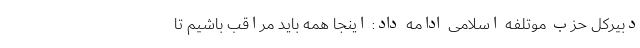
دبیرکل حزب موتلفه اسلامی ادامه داد: اینجا همه باید مراقب باشیم تا